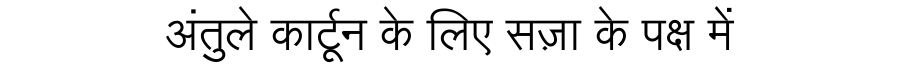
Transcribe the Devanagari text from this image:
अंतुले कार्टून के लिए सज़ा के पक्ष में